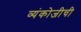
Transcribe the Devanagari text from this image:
व्यंकोजीची